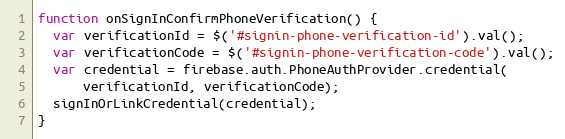
Language: JavaScript
function onSignInConfirmPhoneVerification() {
  var verificationId = $('#signin-phone-verification-id').val();
  var verificationCode = $('#signin-phone-verification-code').val();
  var credential = firebase.auth.PhoneAuthProvider.credential(
      verificationId, verificationCode);
  signInOrLinkCredential(credential);
}